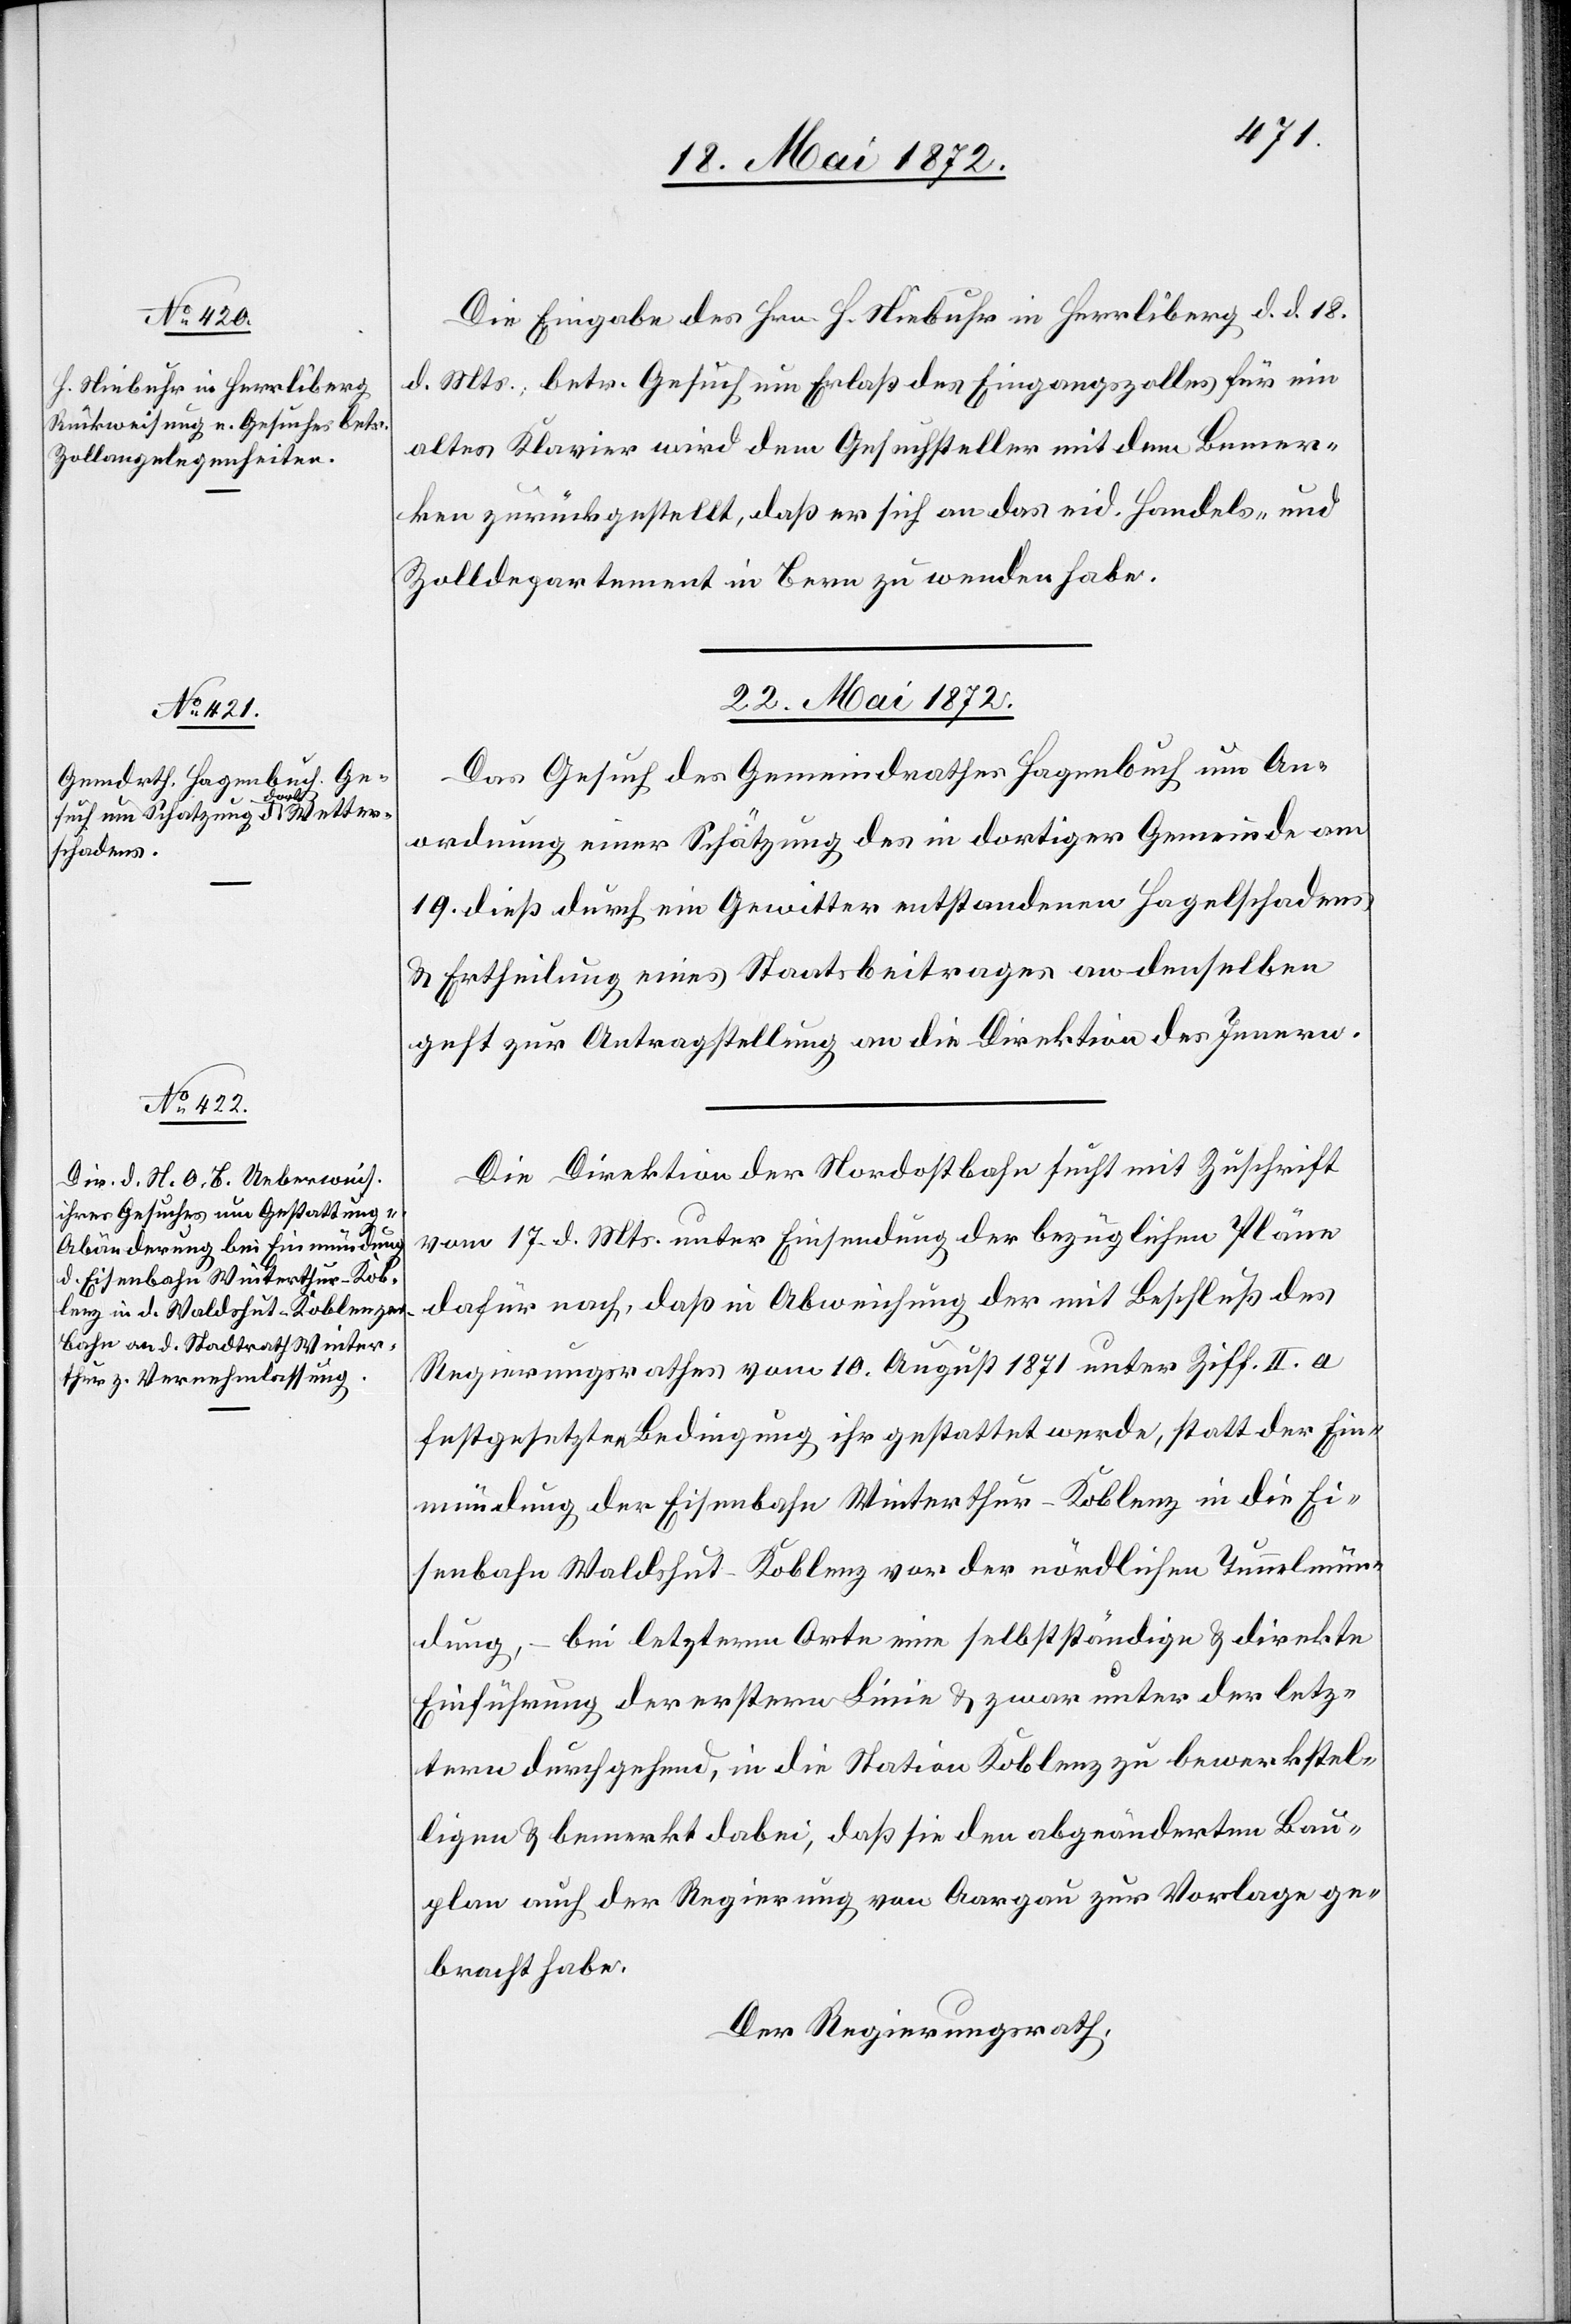
22. Mai 1872.]
Die Eingabe des Hrn. H. Niebuhr in Herrliberg d. d. 18.
d. Mts., betr. Gesuch um Erlaß des Eingangszolles für ein
altes Klavier wird dem Gesuchsteller mit dem Bemer¬
ken zurückgestellt, daß er sich an das eid. Handels- und
Zolldepartement in Bern zu wenden habe.
22. Mai 1872.
Das Gesuch des Gemeindrathes Hagenbuch um An¬
ordnung einer Schätzung des in dortiger Gemeinde am
19. dieß durch ein Gewitter entstandenen Hagelschadens
u. Ertheilung eines Staatsbeitrages an denselben
geht zur Antragstellung an die Direktion des Innern.
Die Direktion der Nordostbahn sucht mit Zuschrift
vom 17. d. Mts. unter Einsendung der bezüglichen Pläne
dafür nach, daß in Abweichung der mit Beschluß des
Regierungsrathes vom 1. August 1871 unter Ziff. II. a
festgesetzten Bedingung ihr gestattet werde, statt der Ein¬
mündung der Eisenbahn Winterthur–Koblenz in die Ei¬
senbahn Waldshut–Koblenz vor der nördlichen Tunnelmün¬
dung, – bei letzterm Orte eine selbstständige u. direkte
Einführung der erstern Linie u. zwar unter der letz¬
tern durchgehend, in die Nation Koblenz zu bewerkstel¬
ligen u. bemerkt dabei, daß sie den abgeänderten Bau¬
plan auch der Regierung von Aargau zur Vorlage ge¬
bracht habe.
Der Regierungsrath,